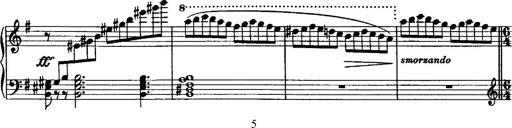
Title: Rondo di bravura
Composer: Franz Liszt